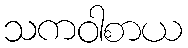
သကဝါစာယ